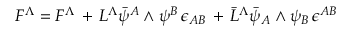
F ^ { \Lambda } = { \cal F } ^ { \Lambda } \, + \, L ^ { \Lambda } \bar { \psi } ^ { A } \wedge \psi ^ { B } \, \epsilon _ { A B } \, + \, \bar { L } ^ { \Lambda } \bar { \psi } _ { A } \wedge \psi _ { B } \, \epsilon ^ { A B }